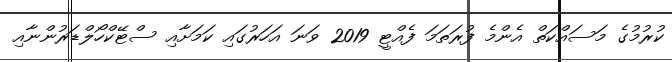
ކުރުމުގެ މަސައްކަތް އެންމެ ފުރަތަމަ ފެއްޓީ 2019 ވަނަ އަހަރުގައި ކަމަށާއި ސްޓޭކްހޯލްޑަރުންނާއި